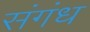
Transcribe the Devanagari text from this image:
संगंध